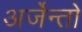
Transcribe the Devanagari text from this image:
अर्जेन्तो